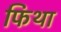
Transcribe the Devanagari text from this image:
फिथा